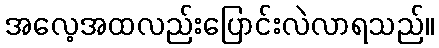
အလေ့အထလည်းပြောင်းလဲလာရသည်။